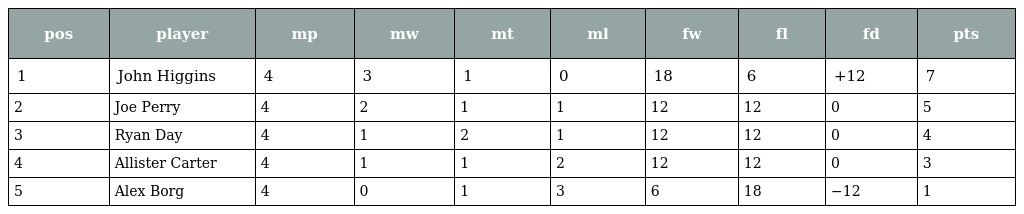
| pos | player | mp | mw | mt | ml | fw | fl | fd | pts |
 | --- | --- | --- | --- | --- | --- | --- | --- | --- | --- |
 | 1 | John Higgins | 4 | 3 | 1 | 0 | 18 | 6 | +12 | 7 |
 | 2 | Joe Perry | 4 | 2 | 1 | 1 | 12 | 12 | 0 | 5 |
 | 3 | Ryan Day | 4 | 1 | 2 | 1 | 12 | 12 | 0 | 4 |
 | 4 | Allister Carter | 4 | 1 | 1 | 2 | 12 | 12 | 0 | 3 |
 | 5 | Alex Borg | 4 | 0 | 1 | 3 | 6 | 18 | −12 | 1 |